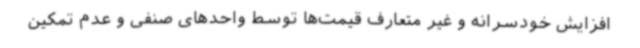
افزایش خودسرانه و غیر متعارف قیمت‌ها توسط واحدهای صنفی و عدم تمکین